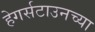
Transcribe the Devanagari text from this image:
हेगर्सटाउनच्या